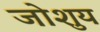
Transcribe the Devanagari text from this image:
जोशुय